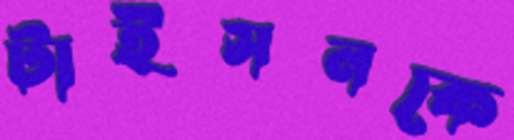
টাইসনকে